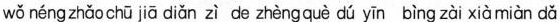
wǒ néng zhǎo chū jiā diǎn zì de zhèng què dú yīn bìng zài xià miàn dǎ